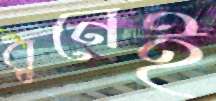
বুনেই